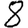
Digit: 8